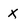
Character: X